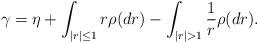
LaTeX: \begin{align*}\gamma= \eta+\int_{|r|\leq1}r\rho(dr)-\int_{|r|>1}\frac{1}{r}\rho(dr) .\end{align*}